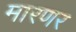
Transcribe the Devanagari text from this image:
मारणर